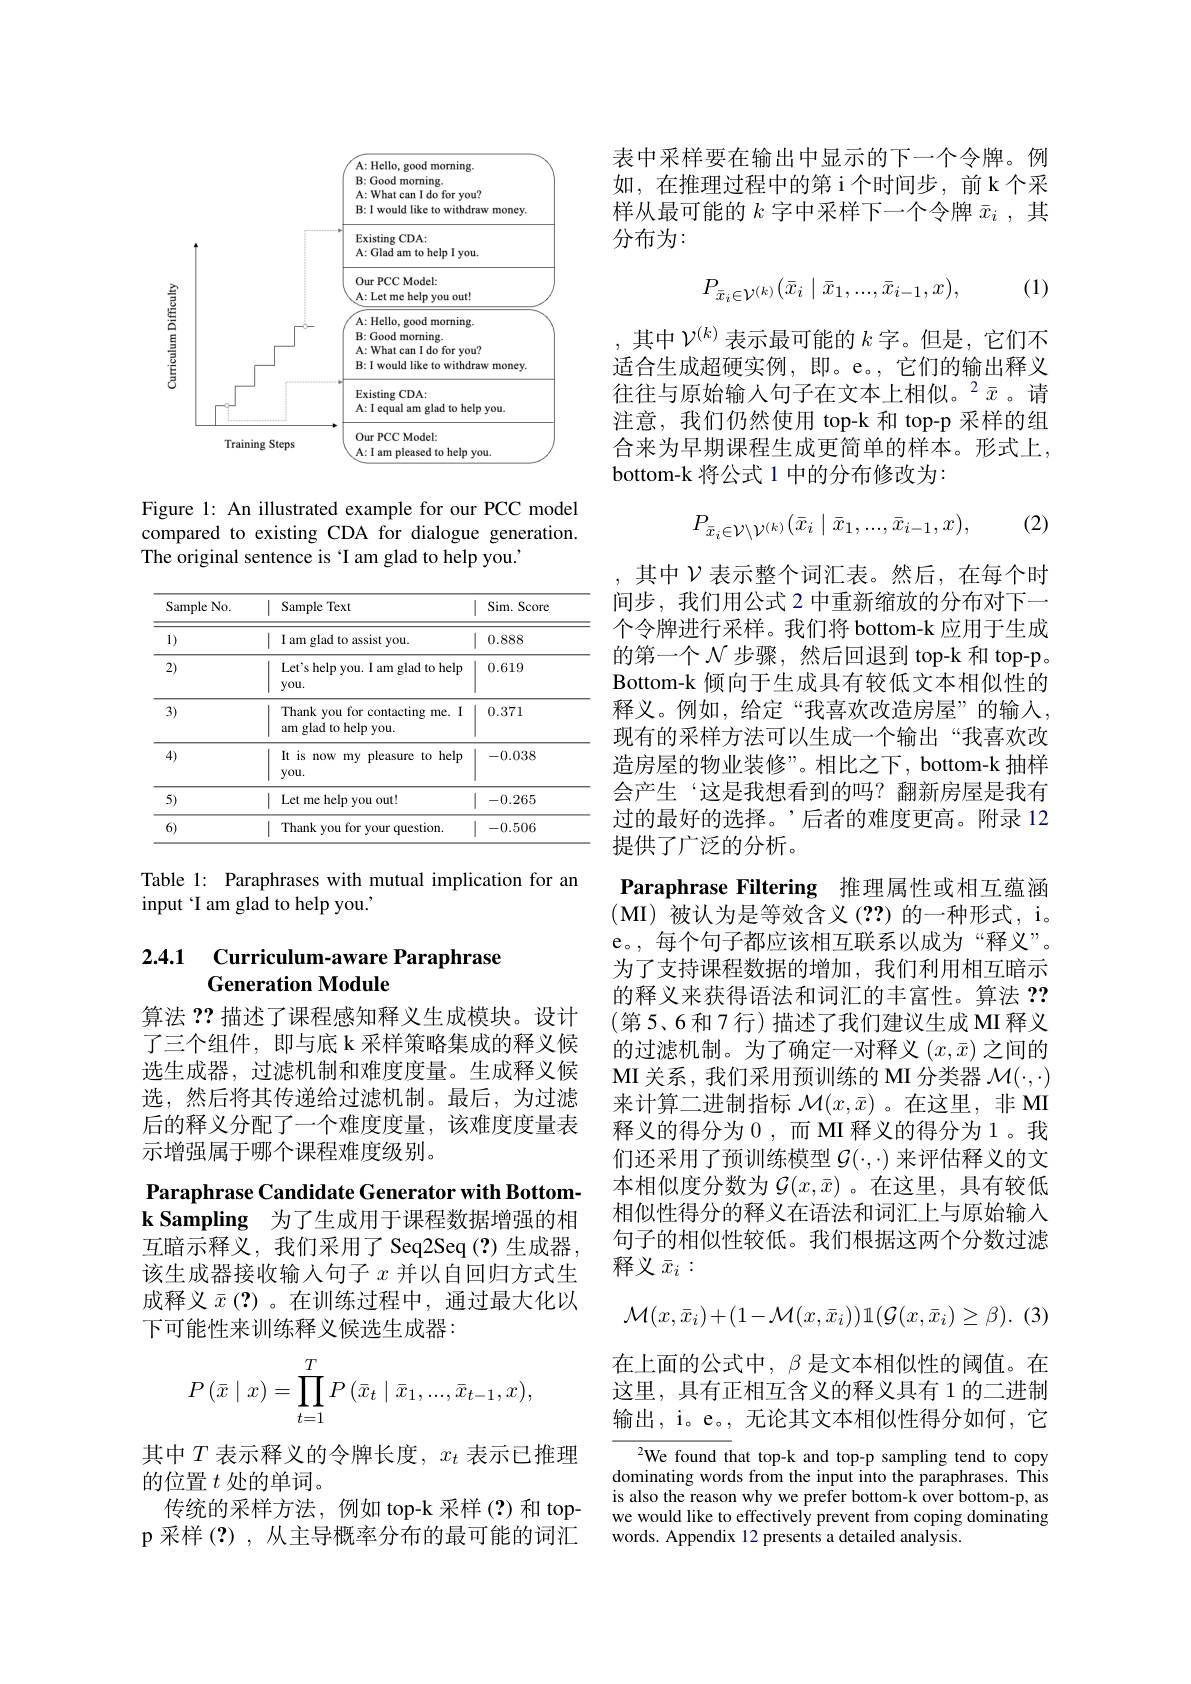
<FigureHere>

Figure 1: An illustrated example for our PCC model compared to existing CDA for dialogue generation. The original sentence is T am glad to help you.

<table>
	<tbody>
		<tr>
			<th>Sample No.</th>
			<th>Sample Text</th>
			<th>Sim. Score</th>
		</tr>
		<tr>
			<td>1)</td>
			<td>I am glad to assist you.</td>
			<td>0.888</td>
		</tr>
		<tr>
			<td>2)</td>
			<td>Let's help you. I am glad to help you.</td>
			<td>0.619</td>
		</tr>
		<tr>
			<td>3)</td>
			<td>Thank you for contacting me. I am glad to help you.</td>
			<td>0.371</td>
		</tr>
		<tr>
			<td>4)</td>
			<td>It is now my pleasure to help you.</td>
			<td>-0.038</td>
		</tr>
		<tr>
			<td>5)</td>
			<td>Let me help you out!</td>
			<td>-0.265</td>
		</tr>
		<tr>
			<td>6)</td>
			<td>Thank vou for w vour question.</td>
			<td>-0.506</td>
		</tr>
	</tbody>
</table>

Table 1: Paraphrases with mutual implication for an
input T am glad to help you.'

### 2.4.1 Curriculum-aware Paraphrase Generation Module

算法 ?? 描述了课程感知释义生成模块。设计了三个组件，即与底 k 采样策略集成的释义候选生成器，过滤机制和难度度量。生成释义候选，然后将其传递给过滤机制。最后，为过滤后的释义分配了一个难度度量，该难度度量表示增强属于哪个课程难度级别。
Paraphrase Candidate Generator with Bottomk Sampling 为了生成用于课程数据增强的相互暗示释义，我们采用了 Seq2Seq(?)生成器， 该生成器接收输入句子$x$并以自回归方式生成释义$\bar{x}\left(\mathbf{?}\right)$。在训练过程中，通过最大化以下可能性来训练释义候选生成器：
$$P\left(\bar{x}\mid x\right)=\prod_{t=1}^TP\left(\bar{x}_t\mid\bar{x}_1,...,\bar{x}_{t-1},x\right),$$
其中$T$ 表示释义的令牌长度，$x_t$ 表示已推理
的位置$t$处的单词。
传统的采样方法，例如 top-k 采样(?)和 topp 采样 (?), 从主导概率分布的最可能的词汇

表中采样要在输出中显示的下一个令牌。例如，在推理过程中的第 i个时间步，前 k 个采样从最可能的$k$字中采样下一个令牌$\bar{x}_i$,其分布为：

(1)
$$P_{\bar{x}_i\in\mathcal{V}^{(k)}}(\bar{x}_i\mid\bar{x}_1,...,\bar{x}_{i-1},x),$$
,其中$\mathcal{V}^{(k)}$表示最可能的$k$字。但是，它们不适合生成超硬实例，即。e。,它们的输出释义往往与原始输入句子在文本上相似。$^2\bar{x}$。请注意，我们仍然使用 top-k 和 top-p 采样的组合来为早期课程生成更简单的样本。形式上， bottom-k 将公式 1 中的分布修改为：
$$P_{\bar{x}_i\in\mathcal{V}\setminus\mathcal{V}^{(k)}}(\bar{x}_i\mid\bar{x}_1,...,\bar{x}_{i-1},x),$$
(2)

Paraphrase Filtering 推理属性或相互蕴涵

其中$\mathcal{V}$表示整个词汇表。然后，在每个时间步，我们用公式 2 中重新缩放的分布对下一个令牌进行采样。我们将 bottom-k 应用于生成的第一个$\mathcal{N}$步骤，然后回退到 top-k 和 top-p。Bottom-k 倾向于生成具有较低文本相似性的释义。例如，给定“我喜欢改造房屋”的输入， 现有的采样方法可以生成一个输出“我喜欢改造房屋的物业装修”。相比之下，bottom-k 抽样会产生‘这是我想看到的吗？翻新房屋是我有过的最好的选择。’后者的难度更高。附录 12提供了广泛的分析。
(MI)被认为是等效含义(??)的一种形式，i。e。,每个句子都应该相互联系以成为“释义”。为了支持课程数据的增加，我们利用相互暗示的释义来获得语法和词汇的丰富性。算法？? (第5、6和7行)描述了我们建议生成 MI 释义的过滤机制。为了确定一对释义$(x,\bar{x})$之间的MI 关系，我们采用预训练的 MI 分类器$\mathcal{M}(\cdot,\cdot)$ 来计算二进制指标$\mathcal{M}(x,\bar{x})$ 。在这里，非 MI 释义的得分为 0 ,而 MI 释义的得分为 1。我们还采用了预训练模型$\mathcal{G}(\cdot,\cdot)$来评估释义的文本相似度分数为$\mathcal{G}(x,\bar{x})$ 。在这里，具有较低相似性得分的释义在语法和词汇上与原始输人句子的相似性较低。我们根据这两个分数过滤释义$\bar{x}_i:$
$$\mathcal{M}(x,\bar{x}_i)+(1-\mathcal{M}(x,\bar{x}_i))\mathbb{1}(\mathcal{G}(x,\bar{x}_i)\geq\beta).$$
在上面的公式中，$\beta$是文本相似性的阈值。在这里，具有正相互含义的释义具有 1 的二进制输出，i。e。,无论其文本相似性得分如何，它
$^{2}$We found that top-k and top-p sampling tend to copy dominating words from the input into the paraphrases. This is also the reason why we prefer bottom-k over bottom-p, as we would like to effectively prevent from coping dominating words. Appendix 12 presents a detailed analysis.